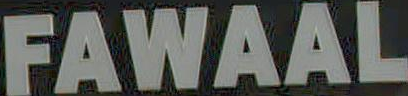
FAWAAL